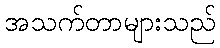
အသက်တာများသည်